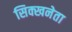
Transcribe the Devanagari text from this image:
सिक्खनेता